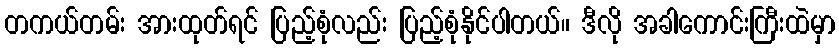
တကယ်တမ်း အားထုတ်ရင် ပြည့်စုံလည်း ပြည့်စုံနိုင်ပါတယ်။ ဒီလို အခါကောင်းကြီးထဲမှာ